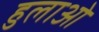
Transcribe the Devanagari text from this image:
हुलाओ